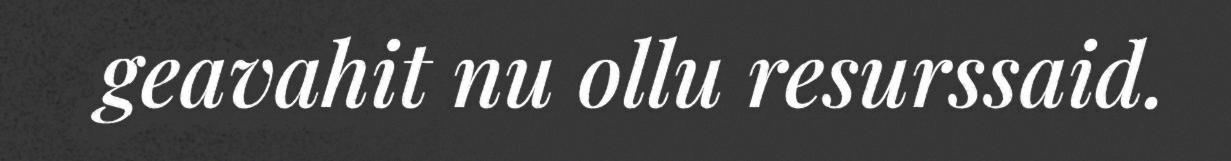
geavahit nu ollu resurssaid.